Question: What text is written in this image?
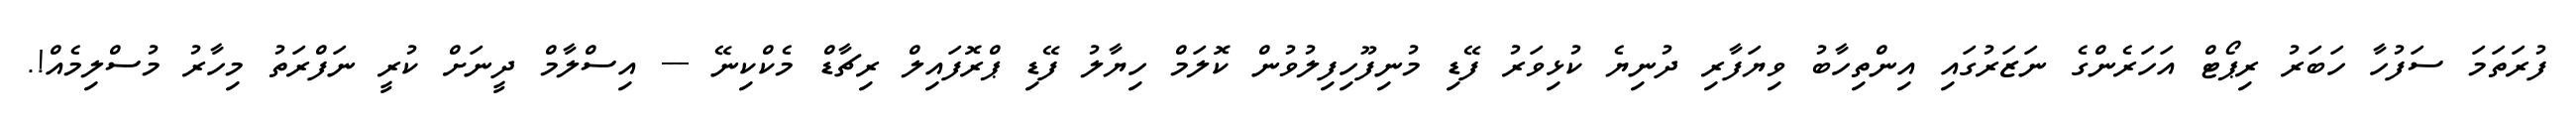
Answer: ފުރަތަމަ ސަފުހާ ހަބަރު ރިޕޯޓް އަހަރެންގެ ނަޒަރުގައި އިންތިހާބު ވިޔަފާރި ދުނިޔެ ކުޅިވަރު ފޭޑި މުނިފޫހިފިލުވުން ކޮލަމް ހިޔާލު ފޭޑި ޕްރޮފައިލް ރިޗާޑް މެކްކިނޭ --- އިސްލާމް ދީނަށް ކުރީ ނަފްރަތު މިހާރު މުސްލިމެއް!.